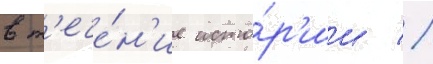
в т'ече́н'ие исто́р'ии //